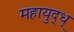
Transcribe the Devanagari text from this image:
महायुद्ध्